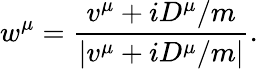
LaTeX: w^{\mu}={\frac{v^{\mu}+iD^{\mu}/m}{\left|v^{\mu}+iD^{\mu}/m\right|}}.